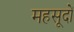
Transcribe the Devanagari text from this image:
महसूदों